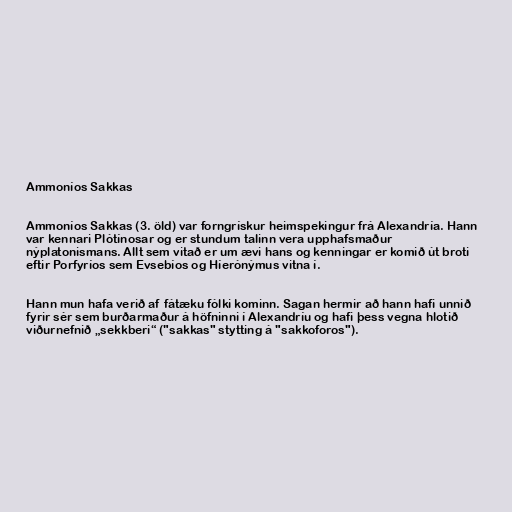
Ammoníos Sakkas

Ammoníos Sakkas (3. öld) var forngrískur heimspekingur frá Alexandría. Hann
var kennari Plótínosar og er stundum talinn vera upphafsmaður
nýplatonismans. Allt sem vitað er um ævi hans og kenningar er komið út broti
eftir Porfyríos sem Evsebíos og Híerónýmus vitna í.

Hann mun hafa verið af fátæku fólki kominn. Sagan hermir að hann hafi unnið
fyrir sér sem burðarmaður á höfninni í Alexandríu og hafi þess vegna hlotið
viðurnefnið „sekkberi“ ("sakkas" stytting á "sakkoforos").